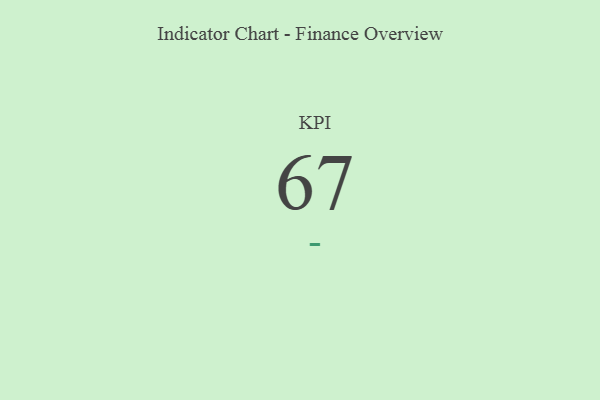
{"axis": {"x": "KPI", "y": "Value"}, "legend": [""], "data": [{"x": "KPI", "y": 67, "type": ""}]}